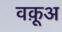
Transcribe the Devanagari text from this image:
वक़ूअ